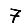
Digit: 7